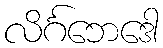
လိင်္ဂဘေဒေါ